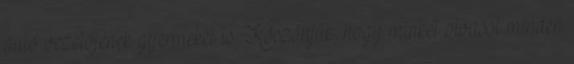
autó vezetőjének gyermekei is. Köszönjük, hogy minket olvasol minden